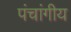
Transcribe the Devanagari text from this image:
पंचांगीय